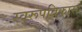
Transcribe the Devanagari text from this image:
स्वरूपविकास